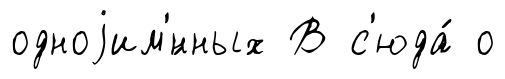
одноjим'́нных В с'юда́ о